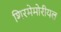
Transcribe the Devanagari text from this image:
शिरमेमोरीयल